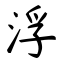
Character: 浮